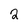
Character: 2